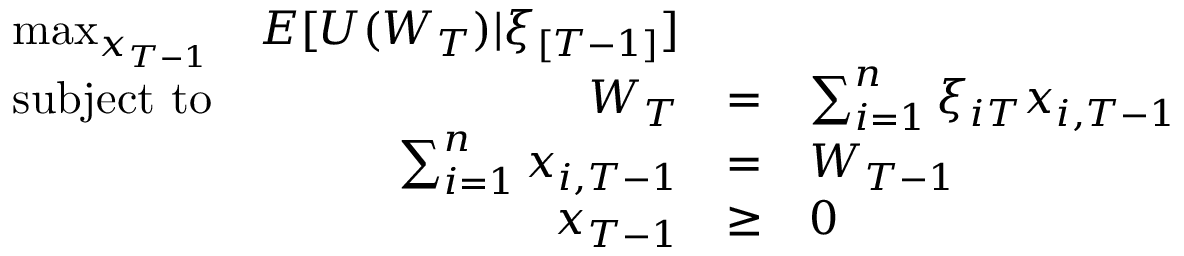
{ \begin{array} { l r c l r } { \operatorname* { m a x } _ { x _ { T - 1 } } } & { E [ U ( W _ { T } ) | \xi _ { [ T - 1 ] } ] } & \\ { { \mathrm { s u b j e c t ~ t o } } } & { W _ { T } } & { = } & { \sum _ { i = 1 } ^ { n } \xi _ { i T } x _ { i , T - 1 } } \\ & { \sum _ { i = 1 } ^ { n } x _ { i , T - 1 } } & { = } & { W _ { T - 1 } } \\ & { x _ { T - 1 } } & { \geq } & { 0 } \end{array} }